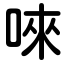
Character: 唻